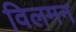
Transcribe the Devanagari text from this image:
विलमन